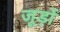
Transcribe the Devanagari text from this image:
जूड़ों